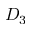
D _ { 3 }